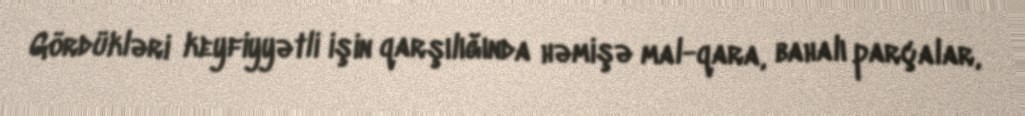
Gördükləri keyfiyyətli işin qarşılığında həmişə mal-qara, bahalı parçalar,